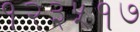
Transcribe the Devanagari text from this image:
१२३५१७